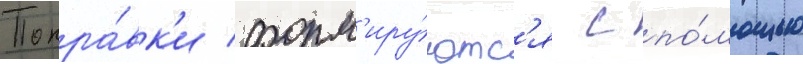
Попра́вк'и форм'иру́ютс'я с по́мощью